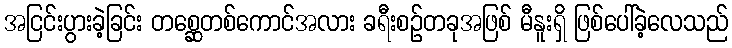
အငြင်းပွားခဲ့ခြင်း တစ္ဆေတစ်ကောင်အလား ခရီးစဉ်တခုအဖြစ် မီနူးရှိ ဖြစ်ပေါ်ခဲ့လေသည်